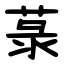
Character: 菉